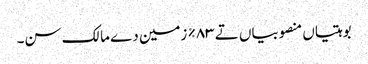
بوہتیاں منصوبیاں تے ٨٣% زمین دے مالک سن۔